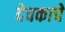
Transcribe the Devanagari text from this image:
देवकाचे